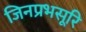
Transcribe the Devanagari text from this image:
जिनप्रभसूरि